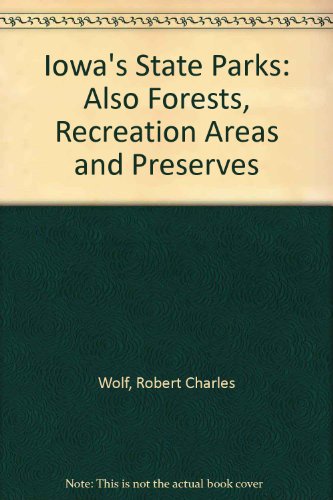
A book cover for Iowa's State Parks: Also Forests, Recreation Areas, and Preserves; Robert Charles Wolf; Travel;